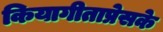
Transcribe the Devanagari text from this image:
कियागीताप्रेसके